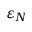
\varepsilon _ { N }